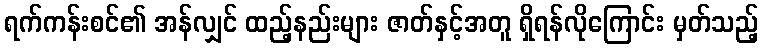
ရက်ကန်းစင်၏ အန်လျှင် ထည့်နည်းများ ဇာတ်နှင့်အတူ ရှိရန်လိုကြောင်း မှတ်သည့်